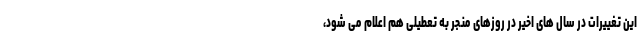
این تغییرات در سال های اخیر در روزهای منجر به تعطیلی هم اعلام می شود،